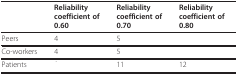
<table><thead><tr><td>[EMPTY_CELL]</td><td><b>Reliabilitycoefficient of0.60</b></td><td><b>Reliabilitycoefficient of0.70</b></td><td><b>Reliabilitycoefficient of0.80</b></td></tr></thead><tbody><tr><td>Peers</td><td>4</td><td>5</td><td>[EMPTY_CELL]</td></tr><tr><td>Co-workers</td><td>4</td><td>5</td><td>[EMPTY_CELL]</td></tr><tr><td>Patients</td><td>[EMPTY_CELL]</td><td>11</td><td>12</td></tr></tbody></table>